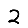
Digit: 2